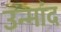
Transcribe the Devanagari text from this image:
उन्मांद